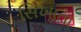
સિખાતા